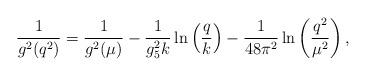
LaTeX: \begin{align*}{1\over g^2(q^2)} = {1\over g^2(\mu)} -{1\over g_5^2 k}\ln\left({q\over k}\right) -{1\over 48\pi^2}\ln\left({q^2\over \mu^2}\right),\end{align*}